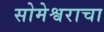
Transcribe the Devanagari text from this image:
सोमेश्वराचा